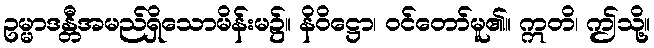
ဥမ္မာဒန္တီအမည်ရှိသောမိန်းမ၌။ နိဝိဋ္ဌော၊ ဝင်တော်မူ၏။ ဣတိ၊ ဤသို့။